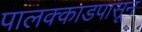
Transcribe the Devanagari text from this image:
पालक्काडपासून